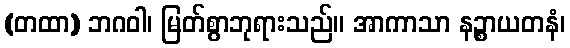
(တထာ) ဘဂဝါ၊ မြတ်စွာဘုရားသည်။ အာကာသာ နဉ္စာယတနံ၊